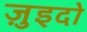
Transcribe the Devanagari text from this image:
ज़ुइदो